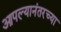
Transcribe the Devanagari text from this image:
आपल्यानंतरच्या